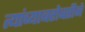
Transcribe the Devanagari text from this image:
त्यांच्याबरोबरीने